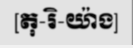
[តុ-រិ-យ៉ាង]